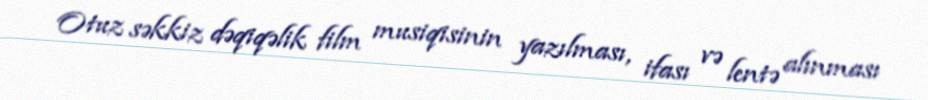
Otuz səkkiz dəqiqəlik film musiqisinin yazılması, ifası və lentə alınması